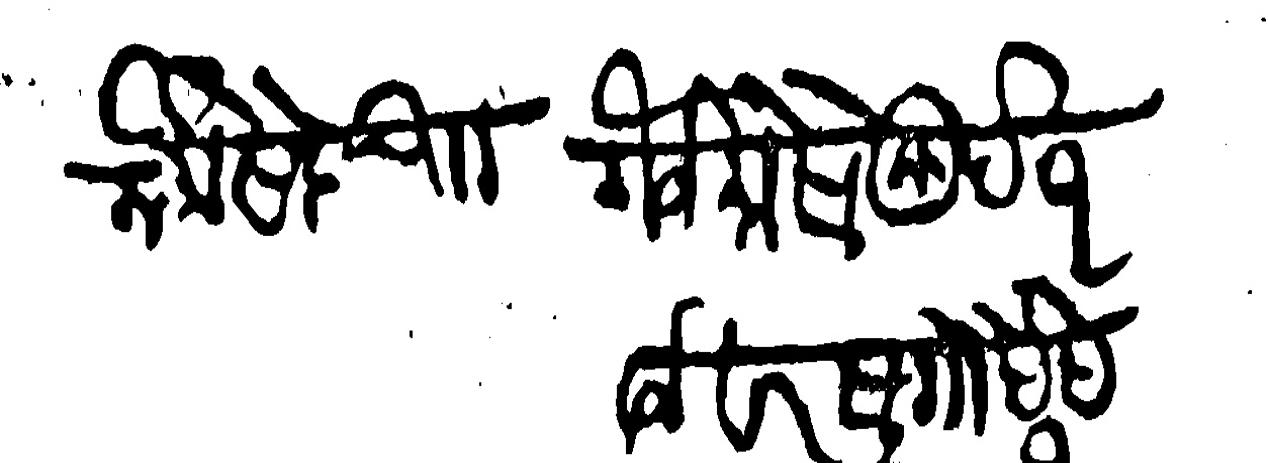
Transliteration (Devanagari): मौजे मोसे बुाा मौजे मोसेखुर्द १ मौजे वारसगौ देह १